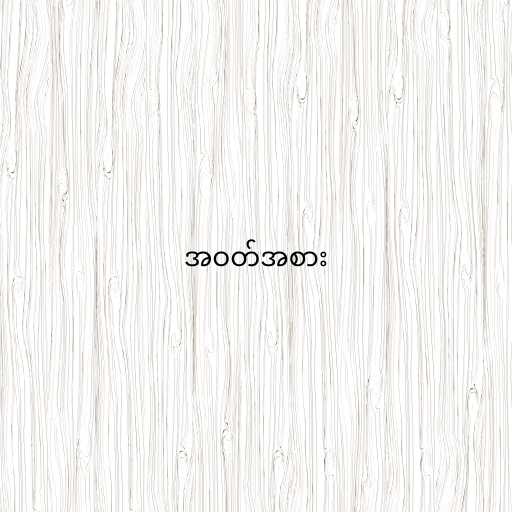
အဝတ်အစား